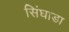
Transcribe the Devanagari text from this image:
सिंघाडा